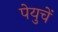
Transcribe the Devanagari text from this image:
पेयुचें